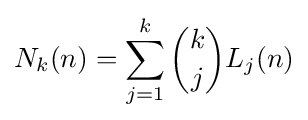
N_{k}(n)=\sum _{j=1}^{k}{\binom {k}{j}}L_{j}(n)